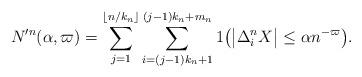
LaTeX: \begin{align*} N^{\prime n}(\alpha,\varpi) = \sum_{j=1}^{\lfloor n/k_n\rfloor} \sum_{i=(j-1)k_n+1}^{(j-1)k_n+m_n}1\bigl(\bigl|\Delta_i^n X\bigr|\leq\alpha n^{-\varpi} \bigr).\end{align*}